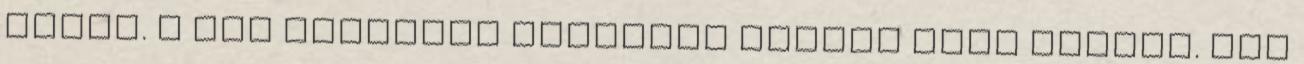
Erika. A mai sporttól valahogy farkas éhes lettem. Azt